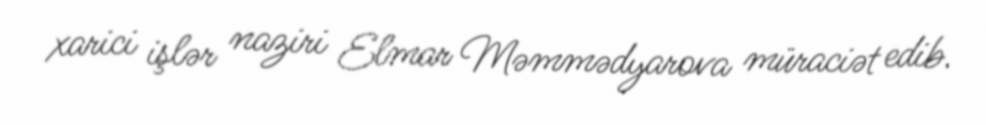
xarici işlər naziri Elmar Məmmədyarova müraciət edib.